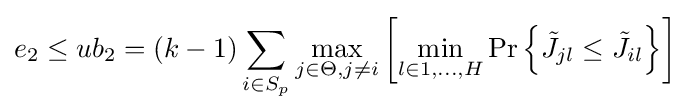
e_{2}\leq ub_{2}=(k-1)\sum _{i\in S_{p}}\max _{j\in \Theta ,j\neq i}\left[\min _{l\in {1,\ldots ,H}}\Pr \left\{{\tilde {J}}_{jl}\leq {\tilde {J}}_{il}\right\}\right]